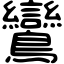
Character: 鸞